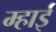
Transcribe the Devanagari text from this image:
म्हाई